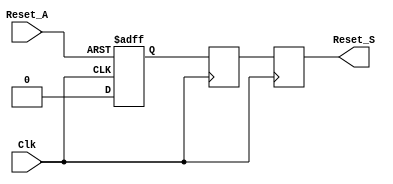
module async_reset_synchronizer #(
    parameter ACTIVE_LOW = 1 // 1 for active-low, 0 for active-high
)(
    input wire Reset_A, // Asynchronous reset input
    input wire Clk,     // Clock signal
    output reg Reset_S  // Synchronized reset output
);

    // Internal signals for synchronization stages
    reg sync_ff1;
    reg sync_ff2;

    always @(posedge Clk or negedge Reset_A) begin
        if (ACTIVE_LOW ? Reset_A == 1'b0 : Reset_A == 1'b1) begin
            sync_ff1 <= 1'b1; // Asserted state
        end else begin
            sync_ff1 <= 1'b0; // De-asserted state
        end
    end

    always @(posedge Clk) begin
        sync_ff2 <= sync_ff1; // Synchronize the first flip-flop output
    end

    // Output the synchronized reset signal
    always @(posedge Clk) begin
        Reset_S <= (ACTIVE_LOW ? sync_ff2 : ~sync_ff2);
    end

endmodule